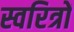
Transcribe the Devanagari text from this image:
स्वरित्रों